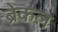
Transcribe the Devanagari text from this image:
ब्रेकल